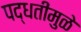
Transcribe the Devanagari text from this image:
पद्धतींमुळे